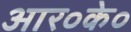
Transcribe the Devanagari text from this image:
आर०के०